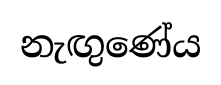
නැඟුණේය